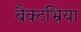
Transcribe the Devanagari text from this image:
बैक्टभ्रिया